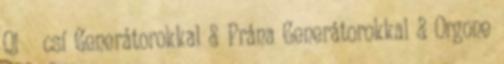
Qi csí Generátorokkal & Prána Generátorokkal & Orgone